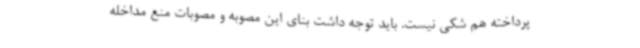
پرداخته هم شکی نیست. باید توجه داشت بنای این مصوبه و مصوبات منع مداخله